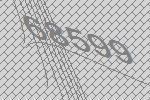
68599